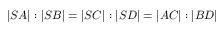
| S A | : | S B | = | S C | : | S D | = | A C | : | B D |